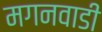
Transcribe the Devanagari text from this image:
मगनवाडी